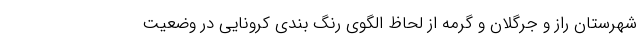
شهرستان راز و جرگلان و گرمه از لحاظ الگوی رنگ بندی کرونایی در وضعیت